Insane asylums in Bengal annual reports 1867-1875 - 1867-1875
Year: 1867
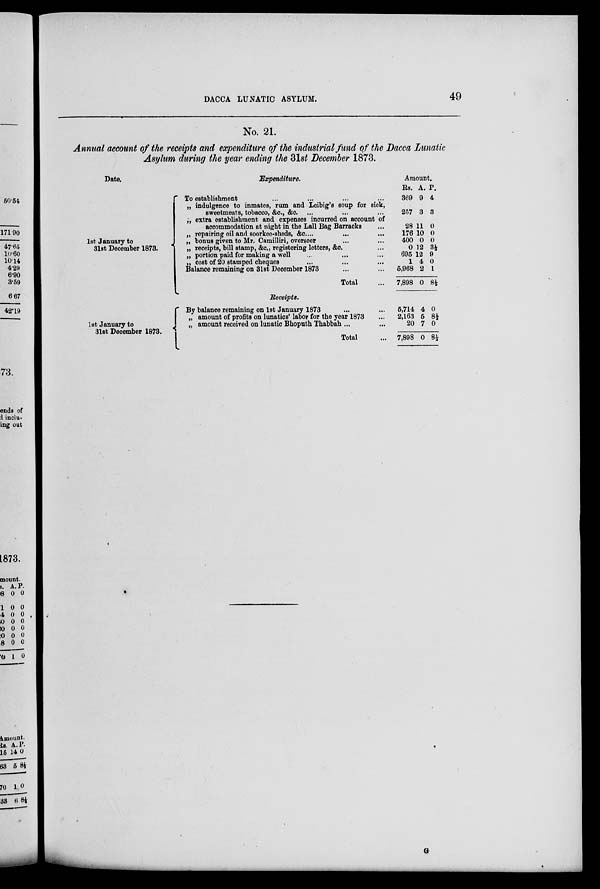
DACCA LUNATIC ASYLUM.
49
No. 21.
Annual account of the receipts and expenditure of the industrial fund of the Dacca Lunatic
Asylum during the year ending the 31st December 1873.
Date.
1st January to
31st December 1873.
Expenditure.
To establishment ... ... ... ...
„ indulgence to inmates, rum and Leibig's soup for sick,
sweetmeats, tobacco, &c., &c. ... ... ...
„ extra establishment and expenses incurred on account of
accommodation at night in the Lall Bag Barracks ...
„ repairing oil and soorkee-sheds, &c. ... ... ...
„ bonus given to Mr. Camilliri, overseer ... ...
„ receipts, bill stamp, &c., registering letters, &c. ...
„ portion paid for making a well ... ... ...
„ cost of 20 stamped cheques ... ... ...
Balance remaining on 31st December 1873
... ...
Total
...
Amount.
Rs.
369
257
28
176
400
0
695
1
5,968
7,898
A.
9
3
11
10
0
12
12
4
2
0
P.
4
3
0
0
0
3½
9
0
1
8½
Receipts.
1st January to
31st December 1873.
By balance remaining on 1st January 1873 ... ...
„ amount of profits on lunatics' labor for the year 1873 ...
„ amount received on lunatic Bhoputh Thabbah ... ...
Total ...
5,714
2,163
20
7,898
4
5
7
0
0
8½
0
8½